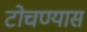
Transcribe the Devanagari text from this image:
टोचण्यास